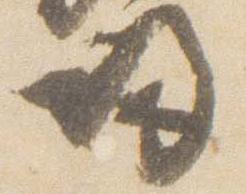
帰